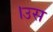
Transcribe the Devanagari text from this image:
।उस